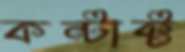
কন্টাক্ট